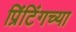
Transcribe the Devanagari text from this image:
प्रिंटिंगच्या